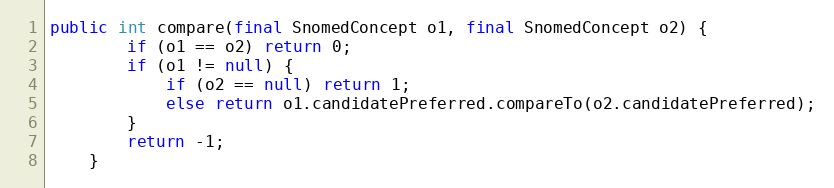
Language: Java
public int compare(final SnomedConcept o1, final SnomedConcept o2) {
        if (o1 == o2) return 0;
        if (o1 != null) {
            if (o2 == null) return 1;
            else return o1.candidatePreferred.compareTo(o2.candidatePreferred);
        }
        return -1;
    }